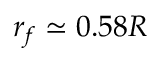
r _ { f } \simeq 0 . 5 8 R